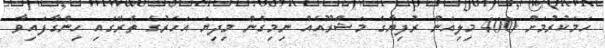
ހަމަކުރުމަށް 400 މިލިއަން ރުފިޔާގެ މަޝްރޫއެއް ނިމިގެން މިދިޔަ އަހަރުގެ ތެރޭގައި ހިންގާފައިވާ